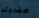
مفاجئه